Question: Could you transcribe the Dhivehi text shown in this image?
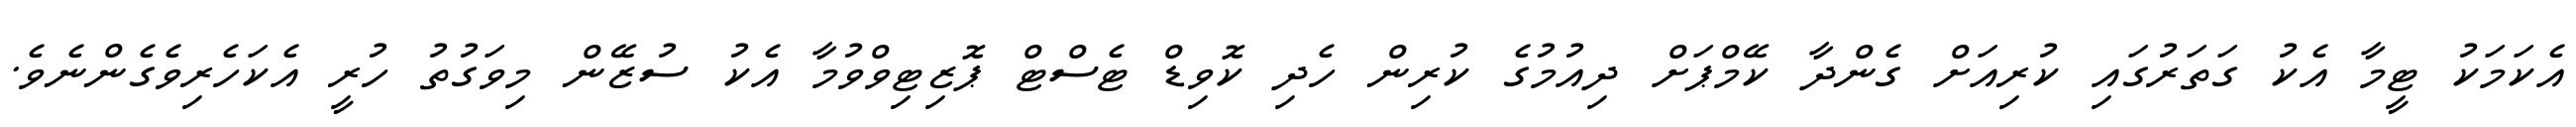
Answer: އެކަމަކު ޓީމާ އެކު ގަތަރުގައި ކުރިއަށް ގެންދާ ކޭމްޕަށް ދިއުމުގެ ކުރިން ހެދި ކޮވިޑް ޓެސްޓް ޕޮޒިޓިވްވުމާ އެކު ސުޒޭން މިވަގުތު ހުރީ އެކަހެރިވެގެންނެވެ.